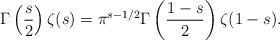
LaTeX: \begin{align*}\Gamma\left({s\over 2}\right) \zeta(s) = \pi^{s-1/2} \Gamma\left({1-s\over 2} \right) \zeta(1-s).\end{align*}